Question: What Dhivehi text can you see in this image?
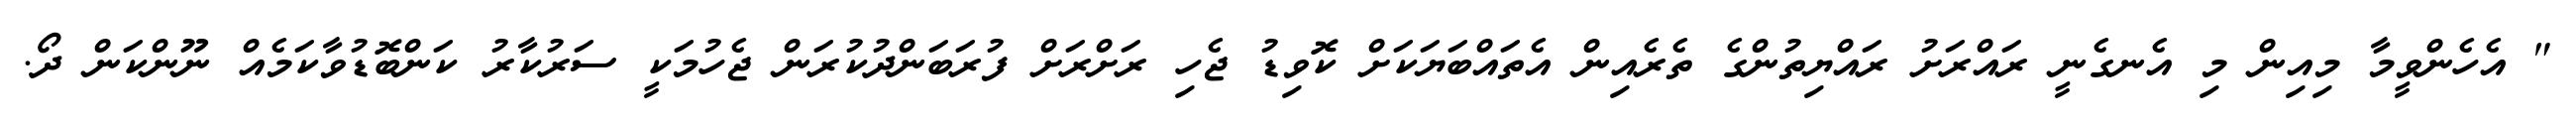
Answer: " އެހެންވީމާ މިއިން މި އެނގެނީ ރައްރަށު ރައްޔިތުންގެ ތެރެއިން އެތައްބަޔަކަށް ކޮވިޑު ޖެހި ރަށްރަށް ފުރަބަންދުކުރަން ޖެހުމަކީ ސަރުކާރު ކަންބޮޑުވާކަމެއް ނޫންކަން ދޯ.